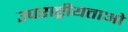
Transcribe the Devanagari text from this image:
उपराष्ट्रीयताओं